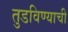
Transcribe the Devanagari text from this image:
तुडविण्याची